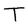
Character: T